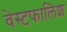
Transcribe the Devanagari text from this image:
वेस्टफालिश